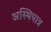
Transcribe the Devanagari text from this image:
अस्थिपात्र